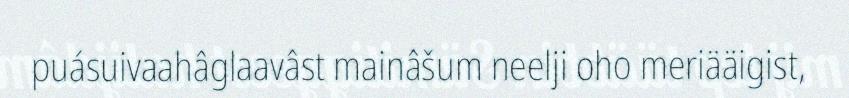
puásuivaahâglaavâst mainâšum neelji oho meriääigist,